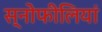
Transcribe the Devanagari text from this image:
स्नोफीलियां